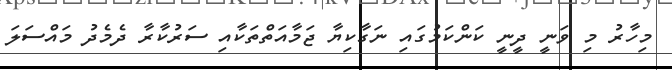
މިހާރު މި ވަނީ ދީނީ ކަންކަމުގައި ނަގާކިޔާ ޖަމާއަތްތަކާއި ސަރުކާރާ ދެމެދު މައްސަލަ